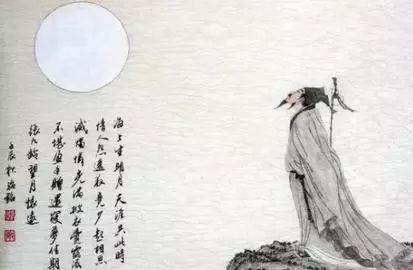
但愿人长久，千里共婵娟。